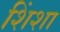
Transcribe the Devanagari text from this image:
शिंशा